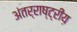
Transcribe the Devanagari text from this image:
अंतर्राष्ट्रीय़